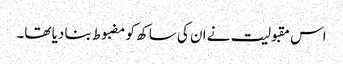
اس مقبولیت نے ان کی ساکھ کو مضبوط بنا دیا تھا۔